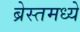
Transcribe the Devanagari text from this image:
ब्रेस्तमध्ये